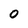
Character: O